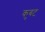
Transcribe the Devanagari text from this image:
कुबट